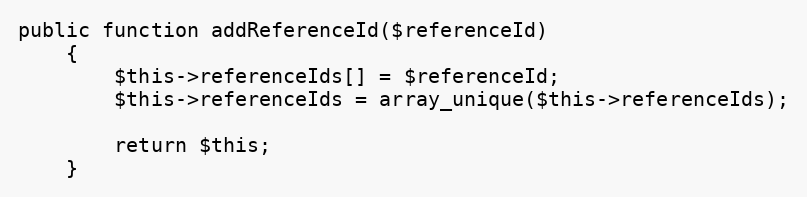
Language: PHP
public function addReferenceId($referenceId)
    {
        $this->referenceIds[] = $referenceId;
        $this->referenceIds = array_unique($this->referenceIds);

        return $this;
    }